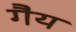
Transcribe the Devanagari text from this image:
गैय